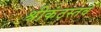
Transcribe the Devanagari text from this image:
श्रीकंठस्तव